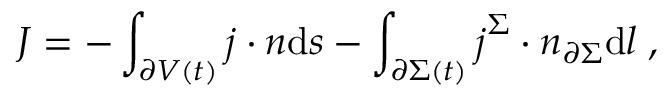
J = - \int _ { \partial V ( t ) } \boldsymbol { j } \cdot \boldsymbol { n } \mathrm { d } s - \int _ { \partial \Sigma ( t ) } \boldsymbol { j } ^ { \Sigma } \cdot \boldsymbol { n } _ { \partial \Sigma } \mathrm { d } l \; ,